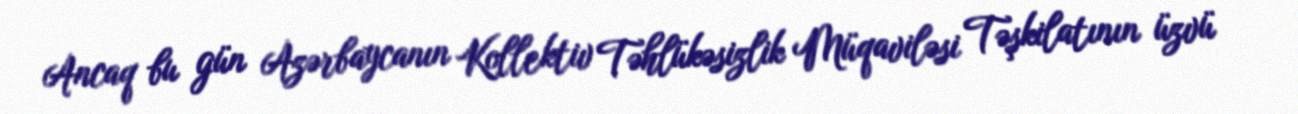
Ancaq bu gün Azərbaycanın Kollektiv Təhlükəsizlik Müqaviləsi Təşkilatının üzvü